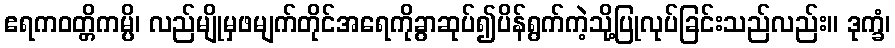
ဧရကဝတ္တိကမ္ပိ၊ လည်မျိုမှဖမျက်တိုင်အရေကိုခွာဆုပ်၍ပိန်ရွက်ကဲ့သို့ပြုလုပ်ခြင်းသည်လည်း။ ဒုက္ခံ၊